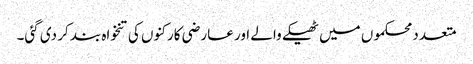
متعدد محکموں میں ٹھیکے والے اور عارضی کارکنوں کی تنخواہ بند کر دی گئی۔